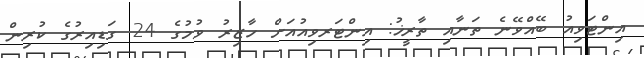
އިންޓަވިއު ބޭއްވޭނެ ތަނާއި ތާރީޚު: އިންޓަރވިއުއަށް ހާޒިރު ވުމުގެ 24 ގަޑިއިރުގެ ކުރިން